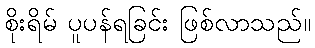
စိုးရိမ် ပူပန်ရခြင်း ဖြစ်လာသည်။